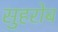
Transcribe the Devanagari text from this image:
सुहरोब